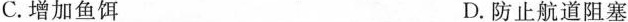
C.增加鱼饵 D.防止航道阻塞